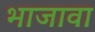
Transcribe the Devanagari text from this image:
भाजावा